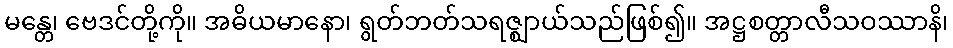
မန္တေ၊ ဗေဒင်တို့ကို။ အဓိယမာနော၊ ရွတ်ဘတ်သရဇ္ဈာယ်သည်ဖြစ်၍။ အဋ္ဌစတ္တာလီသဝဿာနိ၊